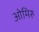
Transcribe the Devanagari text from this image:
ओमिरु